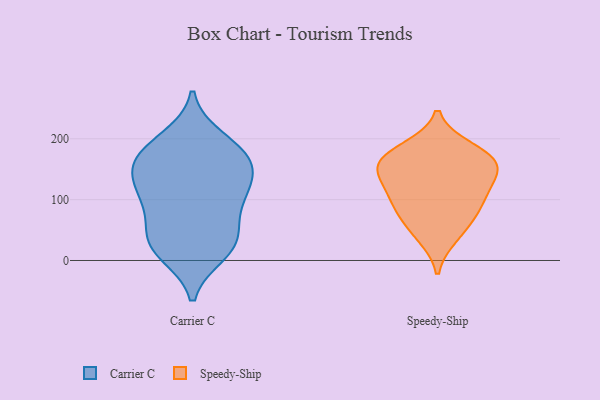
{"axis": {"x": "Energy Usage (MWh)", "y": "Value"}, "legend": ["Carrier C", "Speedy-Ship"], "data": [{"x": "", "y": 184, "type": "Carrier C"}, {"x": "", "y": 177, "type": "Carrier C"}, {"x": "", "y": 200, "type": "Carrier C"}, {"x": "", "y": 109, "type": "Carrier C"}, {"x": "", "y": 125, "type": "Carrier C"}, {"x": "", "y": 129, "type": "Carrier C"}, {"x": "", "y": 90, "type": "Carrier C"}, {"x": "", "y": 43, "type": "Carrier C"}, {"x": "", "y": 37, "type": "Carrier C"}, {"x": "", "y": 12, "type": "Carrier C"}, {"x": "", "y": 167, "type": "Carrier C"}, {"x": "", "y": 91, "type": "Carrier C"}, {"x": "", "y": 26, "type": "Carrier C"}, {"x": "", "y": 150, "type": "Carrier C"}, {"x": "", "y": 158, "type": "Carrier C"}, {"x": "", "y": 20, "type": "Carrier C"}, {"x": "", "y": 62, "type": "Speedy-Ship"}, {"x": "", "y": 115, "type": "Speedy-Ship"}, {"x": "", "y": 131, "type": "Speedy-Ship"}, {"x": "", "y": 154, "type": "Speedy-Ship"}, {"x": "", "y": 91, "type": "Speedy-Ship"}, {"x": "", "y": 184, "type": "Speedy-Ship"}, {"x": "", "y": 161, "type": "Speedy-Ship"}, {"x": "", "y": 172, "type": "Speedy-Ship"}, {"x": "", "y": 93, "type": "Speedy-Ship"}, {"x": "", "y": 156, "type": "Speedy-Ship"}, {"x": "", "y": 40, "type": "Speedy-Ship"}]}